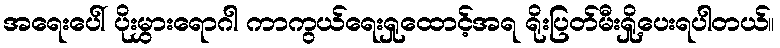
အရေးပေါ် ပိုးမွှားရောဂါ ကာကွယ်ရေးရှုထောင့်အရ ရိုးပြတ်မီးရှို့ပေးရပါတယ်။